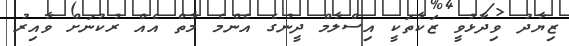
ޒިޔާދު ވިދާޅުވީ ޒަކާތަކީ އިސްލާމް ދީނުގެ އެންމެ މާތް އެއް ރުކުނަށް ވާއިރު